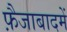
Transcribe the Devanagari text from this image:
फ़ैजाबादमें